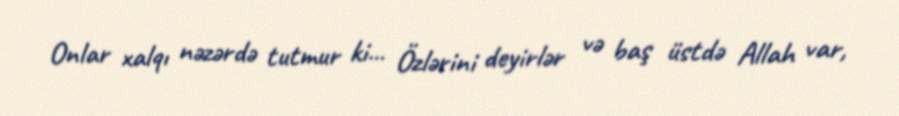
Onlar xalqı nəzərdə tutmur ki... Özlərini deyirlər və baş üstdə Allah var,